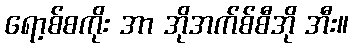
ရော့စ်စကိုး အာ အိုအက်စ်စီအို အီး။